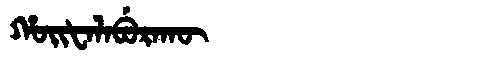
Manchu: ᡥᠣᡳᡶᠠᠯᠠᠪᡠᡵᠠᡴᡡ
Romanization: HOIFALABURAKŪ